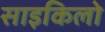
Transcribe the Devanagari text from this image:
साइकिलो